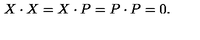
X \cdot X = X \cdot P = P \cdot P = 0 .